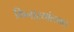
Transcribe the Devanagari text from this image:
किनाऱ्यांलगत